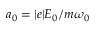
a _ { 0 } = | e | E _ { 0 } / m \omega _ { 0 }